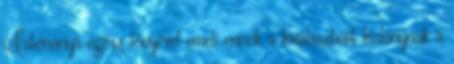
Istenanya egész lényével emeli ennek a kiválasztott kislánynak a